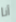
أنا